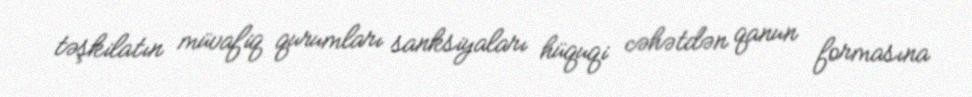
təşkilatın müvafiq qurumları sanksiyaları hüquqi cəhətdən qanun formasına